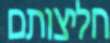
חליצותם